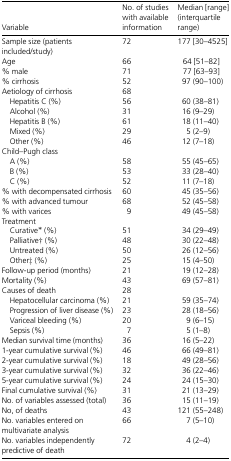
<table><thead><tr><td><b>Variable</b></td><td><b>No. of studies with available information</b></td><td><b>Median [range] (interquartile range)</b></td></tr></thead><tbody><tr><td>Sample size (patients included/study)</td><td>72</td><td>177 [30–4525]</td></tr><tr><td>Age</td><td>66</td><td>64 [51–82]</td></tr><tr><td>% male</td><td>71</td><td>77 [63–93]</td></tr><tr><td>% cirrhosis</td><td>52</td><td>97 (90–100)</td></tr><tr><td>Aetiology of cirrhosis</td><td>68</td><td></td></tr><tr><td>Hepatitis C (%)</td><td>56</td><td>60 (38–81)</td></tr><tr><td>Alcohol (%)</td><td>31</td><td>16 (9–29)</td></tr><tr><td>Hepatitis B (%)</td><td>61</td><td>18 (11–40)</td></tr><tr><td>Mixed (%)</td><td>29</td><td>5 (2–9)</td></tr><tr><td>Other (%)</td><td>46</td><td>12 (7–18)</td></tr><tr><td colspan="3">Child–Pugh class</td></tr><tr><td>A (%)</td><td>58</td><td>55 (45–65)</td></tr><tr><td>B (%)</td><td>53</td><td>33 (28–40)</td></tr><tr><td>C (%)</td><td>52</td><td>11 (7–18)</td></tr><tr><td>% with decompensated cirrhosis</td><td>60</td><td>45 (35–56)</td></tr><tr><td>% with advanced tumour</td><td>68</td><td>52 (45–58)</td></tr><tr><td>% with varices</td><td>9</td><td>49 (45–58)</td></tr><tr><td colspan="3">Treatment</td></tr><tr><td>Curative* (%)</td><td>51</td><td>34 (29–49)</td></tr><tr><td>Palliative† (%)</td><td>48</td><td>30 (22–48)</td></tr><tr><td>Untreated (%)</td><td>50</td><td>26 (12–56)</td></tr><tr><td>Other‡ (%)</td><td>25</td><td>15 (4–50)</td></tr><tr><td>Follow-up period (months)</td><td>21</td><td>19 (12–28)</td></tr><tr><td>Mortality (%)</td><td>43</td><td>69 (57–81)</td></tr><tr><td>Causes of death</td><td>28</td><td></td></tr><tr><td>Hepatocellular carcinoma (%)</td><td>21</td><td>59 (35–74)</td></tr><tr><td>Progression of liver disease (%)</td><td>23</td><td>28 (18–56)</td></tr><tr><td>Variceal bleeding (%)</td><td>20</td><td>9 (6–15)</td></tr><tr><td>Sepsis (%)</td><td>7</td><td>5 (1–8)</td></tr><tr><td>Median survival time (months)</td><td>36</td><td>16 (5–22)</td></tr><tr><td>1-year cumulative survival (%)</td><td>46</td><td>66 (49–81)</td></tr><tr><td>2-year cumulative survival (%)</td><td>18</td><td>49 (28–56)</td></tr><tr><td>3-year cumulative survival (%)</td><td>32</td><td>36 (22–46)</td></tr><tr><td>5-year cumulative survival (%)</td><td>24</td><td>24 (15–30)</td></tr><tr><td>Final cumulative survival (%)</td><td>31</td><td>21 (13–29)</td></tr><tr><td>No. of variables assessed (total)</td><td>36</td><td>15 (11–19)</td></tr><tr><td>No, of deaths</td><td>43</td><td>121 (55–248)</td></tr><tr><td>No. variables entered on multivariate analysis</td><td>66</td><td>7 (5–10)</td></tr><tr><td>No. variables independently predictive of death</td><td>72</td><td>4 (2–4)</td></tr></tbody></table>